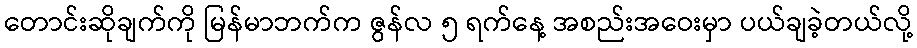
တောင်းဆိုချက်ကို မြန်မာဘက်က ဇွန်လ ၅ ရက်နေ့ အစည်းအဝေးမှာ ပယ်ချခဲ့တယ်လို့